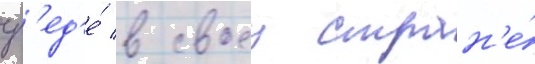
ср'ед'е́ в своеи стран'е́